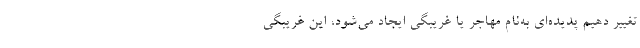
تغییر دهیم پدیده‌ای به‌نام مهاجر یا غریبگی ایجاد می‌شود، این غریبگی